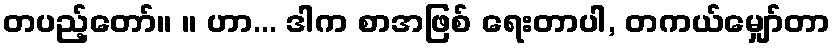
တပည့်တော်။ ။ ဟာ... ဒါက စာအဖြစ် ရေးတာပါ, တကယ်မျှော်တာ